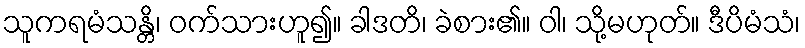
သူကရမံသန္တိ၊ ဝက်သားဟူ၍။ ခါဒတိ၊ ခဲစား၏။ ဝါ၊ သို့မဟုတ်။ ဒီပိမံသံ၊